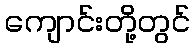
ကျောင်းတို့တွင်